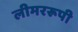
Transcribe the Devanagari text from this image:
लीमररूपी